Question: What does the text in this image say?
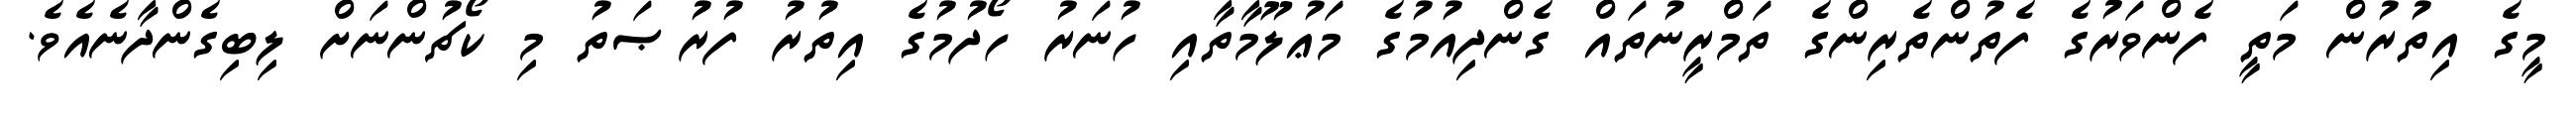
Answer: މީގެ އިތުރުން މަތީ ފެންވަރުގެ ފެތުންތެރިންގެ ތަމްރީނުތައް ގެންދިއުމުގެ މަޢުލޫމާތާއި ހުނަރު ހޯދުމުގެ އިތުރު ފުރުޞަތު މި ކޯޗުންނަށް ލިބިގެންދާނެއެވެ.